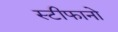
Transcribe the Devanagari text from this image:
स्टीफानो